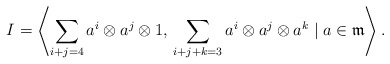
\begin{align*}I = \left\langle \sum_{i+ j = 4} a^i\otimes a^j\otimes 1,\, \sum_{i+j+k =3}a^i\otimes a^j\otimes a^k \mid a\in \mathfrak{m} \right\rangle.\end{align*}